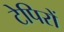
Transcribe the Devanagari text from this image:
टेपिरों